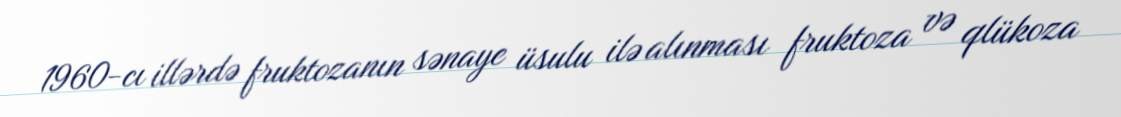
1960-cı illərdə fruktozanın sənaye üsulu ilə alınması fruktoza və qlükoza